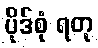
ပိုဒ်စုံ ရတု